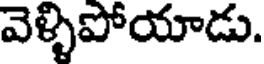
వెళ్ళిపోయాడు.